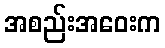
အစည်းအဝေးက